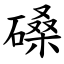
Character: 磉